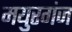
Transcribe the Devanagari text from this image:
मयुरगंज